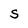
Character: S